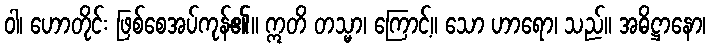
ဝါ၊ ဟောတိုင်း ဖြစ်စေအပ်ကုန်၏။ ဣတိ တသ္မာ၊ ကြောင့်။ သော ဟာရော၊ သည်။ အဓိဋ္ဌာနော၊